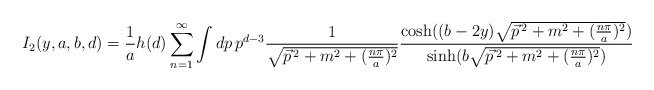
\begin{align*}I_{2}(y,a,b,d)=\frac{1}{a}h(d)\sum_{n=1}^{\infty }\int dp\,p^{d-3}\frac{1}{\sqrt{\vec{p}^{\,2}+m^{2}+(\frac{n\pi }{a})^{2}}}\frac{\cosh ((b-2y)\sqrt{\vec{p}^{\,2}+m^{2}+(\frac{n\pi }{a})^{2}})}{\sinh (b\sqrt{\vec{p}^{\,2}+m^{2}+(\frac{n\pi }{a})^{2}})}\end{align*}